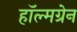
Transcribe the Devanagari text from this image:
हॉल्मग्रेन